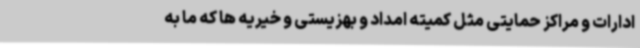
ادارات و مراکز حمایتی مثل کمیته امداد و بهزیستی و خیریه ها که ما به